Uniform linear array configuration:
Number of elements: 48
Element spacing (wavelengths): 0.25
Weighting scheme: blackman
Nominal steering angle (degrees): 15
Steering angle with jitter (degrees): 16.175
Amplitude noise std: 0.05
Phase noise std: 0.05

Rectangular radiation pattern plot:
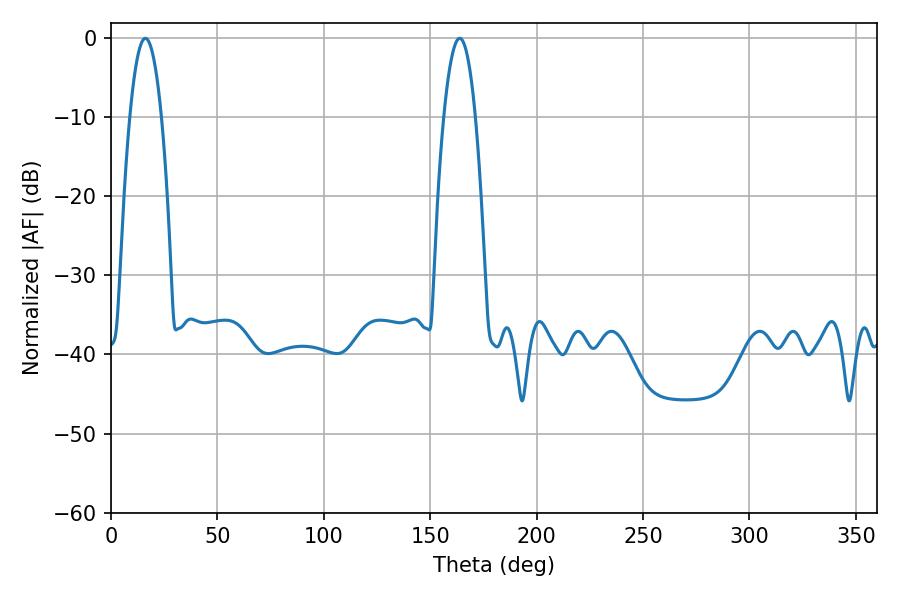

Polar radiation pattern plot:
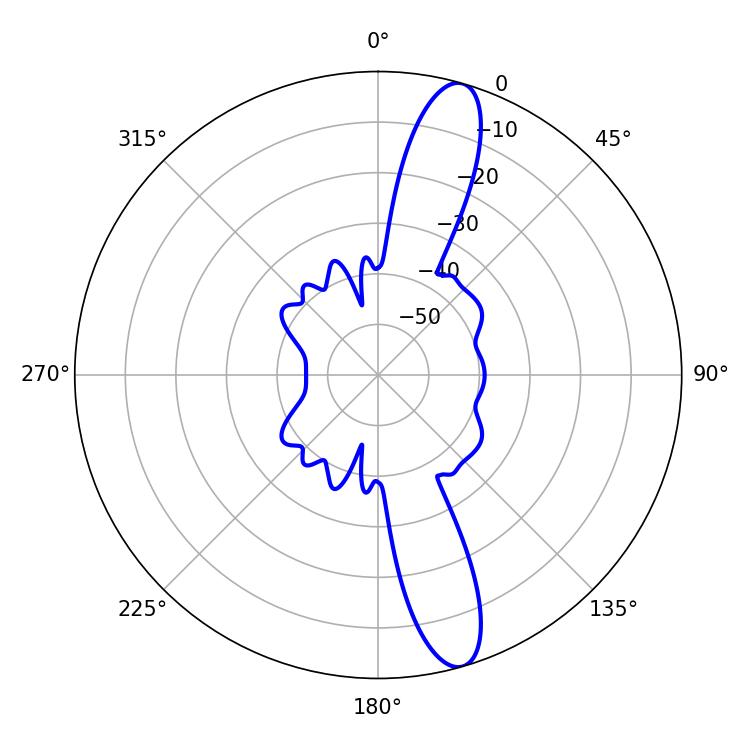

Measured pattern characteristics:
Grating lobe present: FALSE
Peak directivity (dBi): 13.681
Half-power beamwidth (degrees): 8.28
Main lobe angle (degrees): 16.2